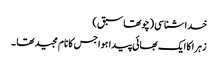
خداشناسی (چوتھاسبق )
زہرا کا ایک بھائی پیدا ہوا جس کا نام مجید تھا ۔